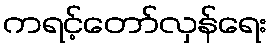
ကရင့်တော်လှန်ရေး